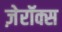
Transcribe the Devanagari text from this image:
ज़ेरॉक्स